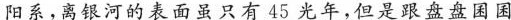
阳系，离银河的表面虽只有45光年，但是跟盘盘国困